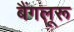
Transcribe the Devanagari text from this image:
बैंगलूरू